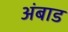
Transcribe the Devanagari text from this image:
अंबाड